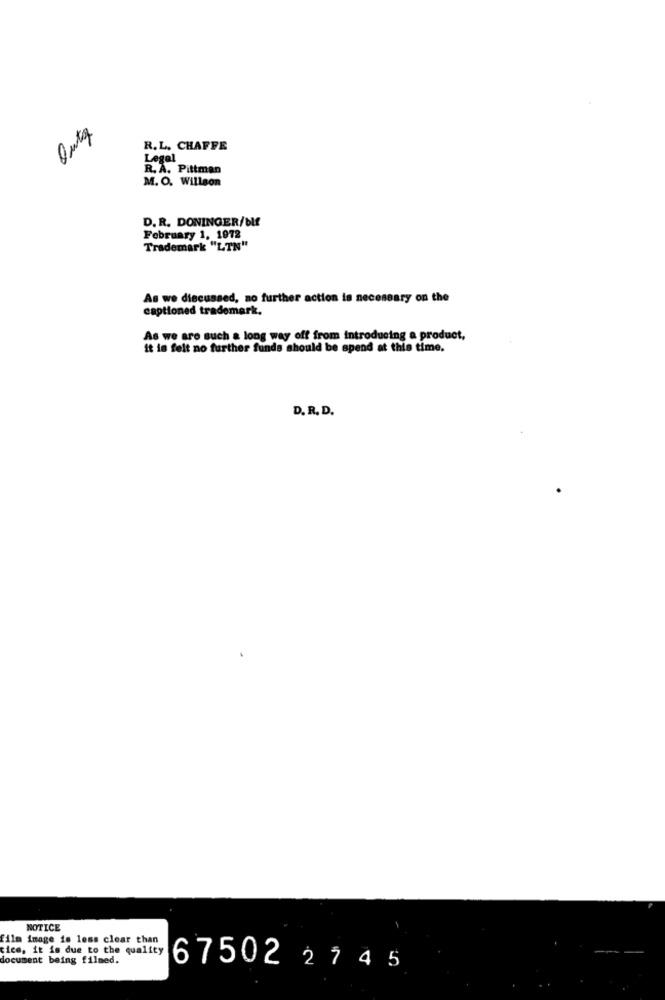
R.L. CHAFFE
Legal
R. A. Pittman
M. O. Willson
D. R. DONINGER/bf
February 1, 1972
Trademark "LIN"
As we discussed, no further action is necessary on the
captioned trademark.
As we are such a long way off from introducing a product,
it is felt no further funds should be spend at this time.
D. R. D.
NOTICE
film image is less clear than
tice, it is due to the quality
document being filmed.
67502 2 7 4 5